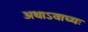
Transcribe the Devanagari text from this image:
अथाऽवाच्यः